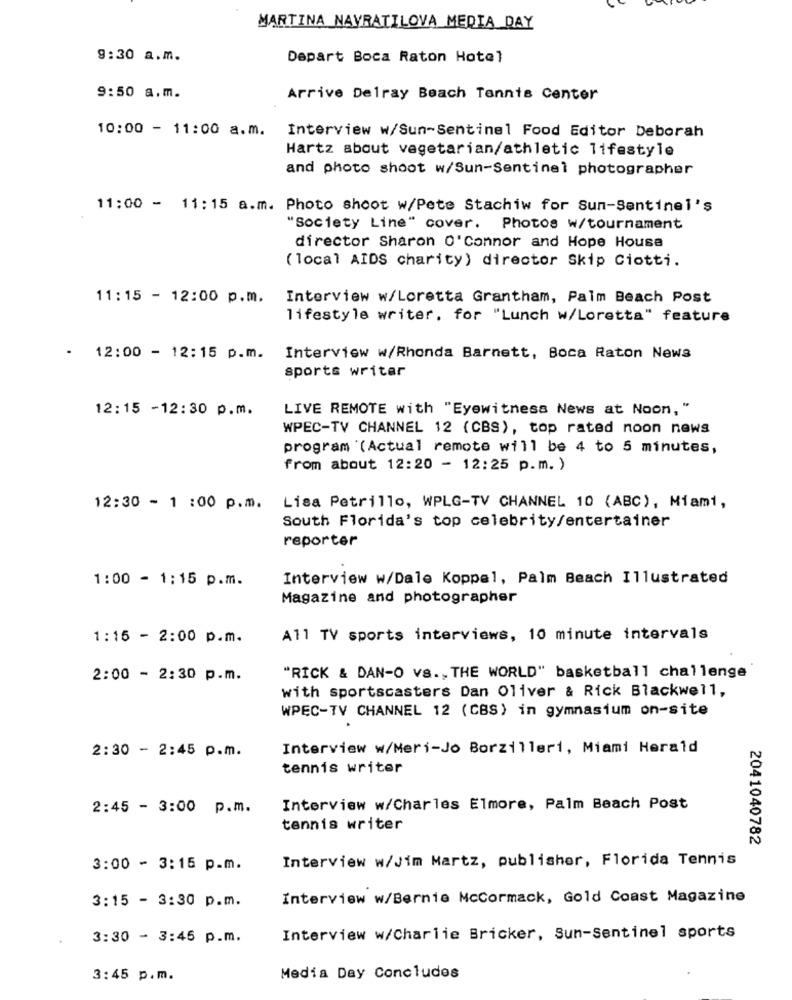
MARTINA NAVRATILOVA MEDIA DAY
9:30 a.m.
Depart Boca Raton Hotel
9:50 a.m.
Arrive Delray Beach Tennis Center
10:00 - 11:00 a.m.
Interview w/Sun-Sentinel Food Editor Deborah
Hartz about vegetarian/athletic lifestyle
and photo shoot w/Sun-Sentinel photographer
11:00 - 11:15 a.m. Photo shoot w/Pete Stachiw for Sun-Sentinel's
"Society Line" cover. Photos w/tournament
director Sharon O'Connor and Hope House
( local AIDS charity) director Skip Ciotti.
11:15 - 12:00 p.m.
Interview w/Loretta Grantham, Palm Beach Post
lifestyle writer. for "Lunch w/Loretta" feature
12:00 - 12:15 p.m.
Interview w/Rhonda Barnett, Boca Raton News
sports writer
12:15 -12:30 p.m.
LIVE REMOTE with "Eyewitness News at Noon, "
WPEC-TV CHANNEL 12 (CBS), top rated noon news
program (Actual remote will be 4 to 5 minutes,
from about 12:20 - 12:25 p.m. )
12:30 - 1 :00 p.m. Lisa Petrillo, WPLG-TV CHANNEL 10 (ABC), Miami,
South Florida's top celebrity/entertainer
reporter
1:00 - 1:15 p.m.
Interview w/Dale Koppel, Palm Beach Illustrated
Magazine and photographer
1:15 - 2:00 p.m.
All TV sports interviews, 10 minute intervals
2:00 - 2:30 p.m.
"RICK & DAN-O vs ., THE WORLD" basketball challenge
with sportscasters Dan Oliver & Rick Blackwell,
WPEC-TV CHANNEL 12 (CBS) in gymnasium on-site
2:30 - 2:45 p.m.
Interview w/Meri-Jo Borzilleri, Miami Herald
tennis writer
2:45 - 3:00 p.m.
Interview w/Charles Elmore, Palm Beach Post
tennis writer
2041040782
Interview w/Jim Martz, publisher, Florida Tennis
3:00 - 3:15 p.m.
3:15 - 3:30 p.m.
Interview w/Bernie Mccormack, Gold Coast Magazine
3:30 - 3:45 p.m.
Interview w/Charlie Bricker, Sun-Sentinel sports
3:45 p.m.
Media Day Concludes